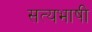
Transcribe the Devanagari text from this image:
सत्यभाषी